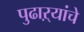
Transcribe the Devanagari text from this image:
पुढाऱ्यांचे